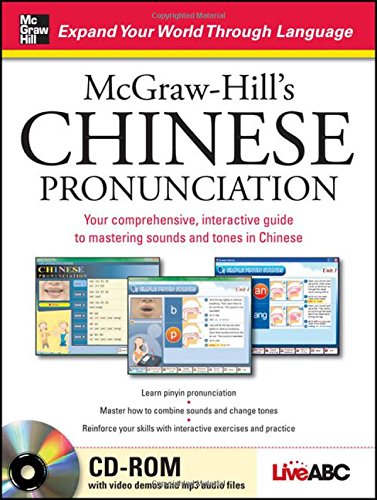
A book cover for McGraw-Hill's Chinese Pronunciation with CD-ROM; Live ABC; Travel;